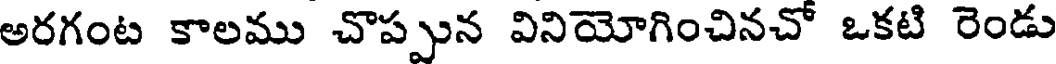
అరగంట కాలము చొప్పున వినియోగించినచో ఒకటి రెండు